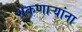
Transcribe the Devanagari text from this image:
शकणाऱ्यांना